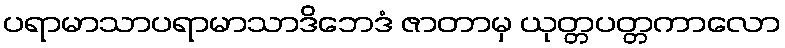
ပရာမာသာပရာမာသာဒိဘေဒံ ဇာတာမှ ယုတ္တပတ္တကာလော